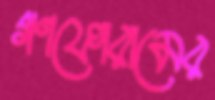
গণফোরামের